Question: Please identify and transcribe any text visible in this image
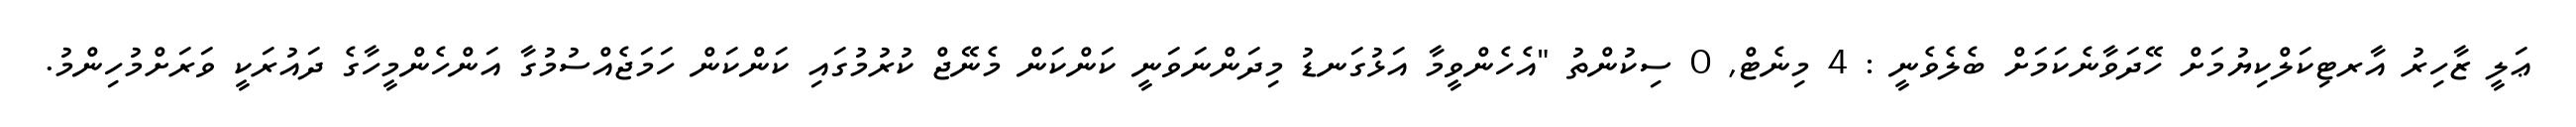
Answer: ޢަލީ ޒާހިރު އާރޓިކަލްކިޔުމަށް ހޭދަވާނެކަމަށް ބެލެވެނީ : 4 މިނެޓް, 0 ސިކުންތު "އެހެންވީމާ އަޅުގަނޑު މިދަންނަވަނީ ކަންކަން މެނޭޖް ކުރުމުގައި ކަންކަން ހަމަޖެއްސުމުގާ އަންހެންމީހާގެ ދައުރަކީ ވަރަށްމުހިންމު.